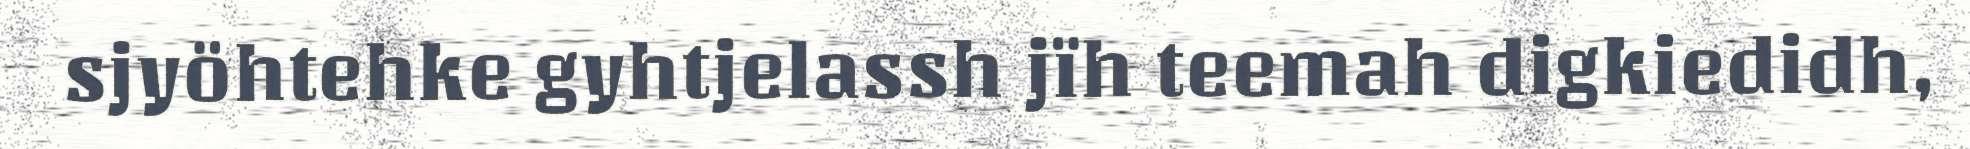
sjyöhtehke gyhtjelassh jïh teemah digkiedidh,